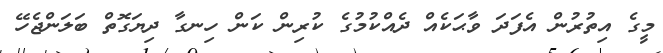
މީގެ އިތުރުން އެފަދަ ވާޙަކެއް ދެއްކުމުގެ ކުރިން ކަން ހިނގާ ދިޔަގޮތް ބަލަންޖެހޭ